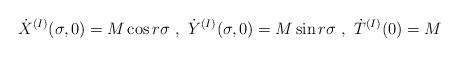
LaTeX: \begin{align*}{\dot{X}}^{(I)}(\sigma,0) = M\cos r\sigma~,~{\dot{Y}}^{(I)}(\sigma,0) = M\sin r\sigma ~,~{\dot{T}}^{(I)}(0) = M\end{align*}